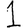
Digit: 1